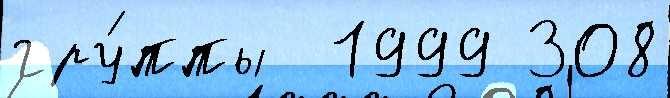
гру́ппы  1999 308